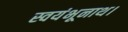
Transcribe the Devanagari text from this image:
स्वयंभूनाथ।